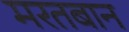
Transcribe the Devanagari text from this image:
मरतबान